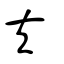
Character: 夫